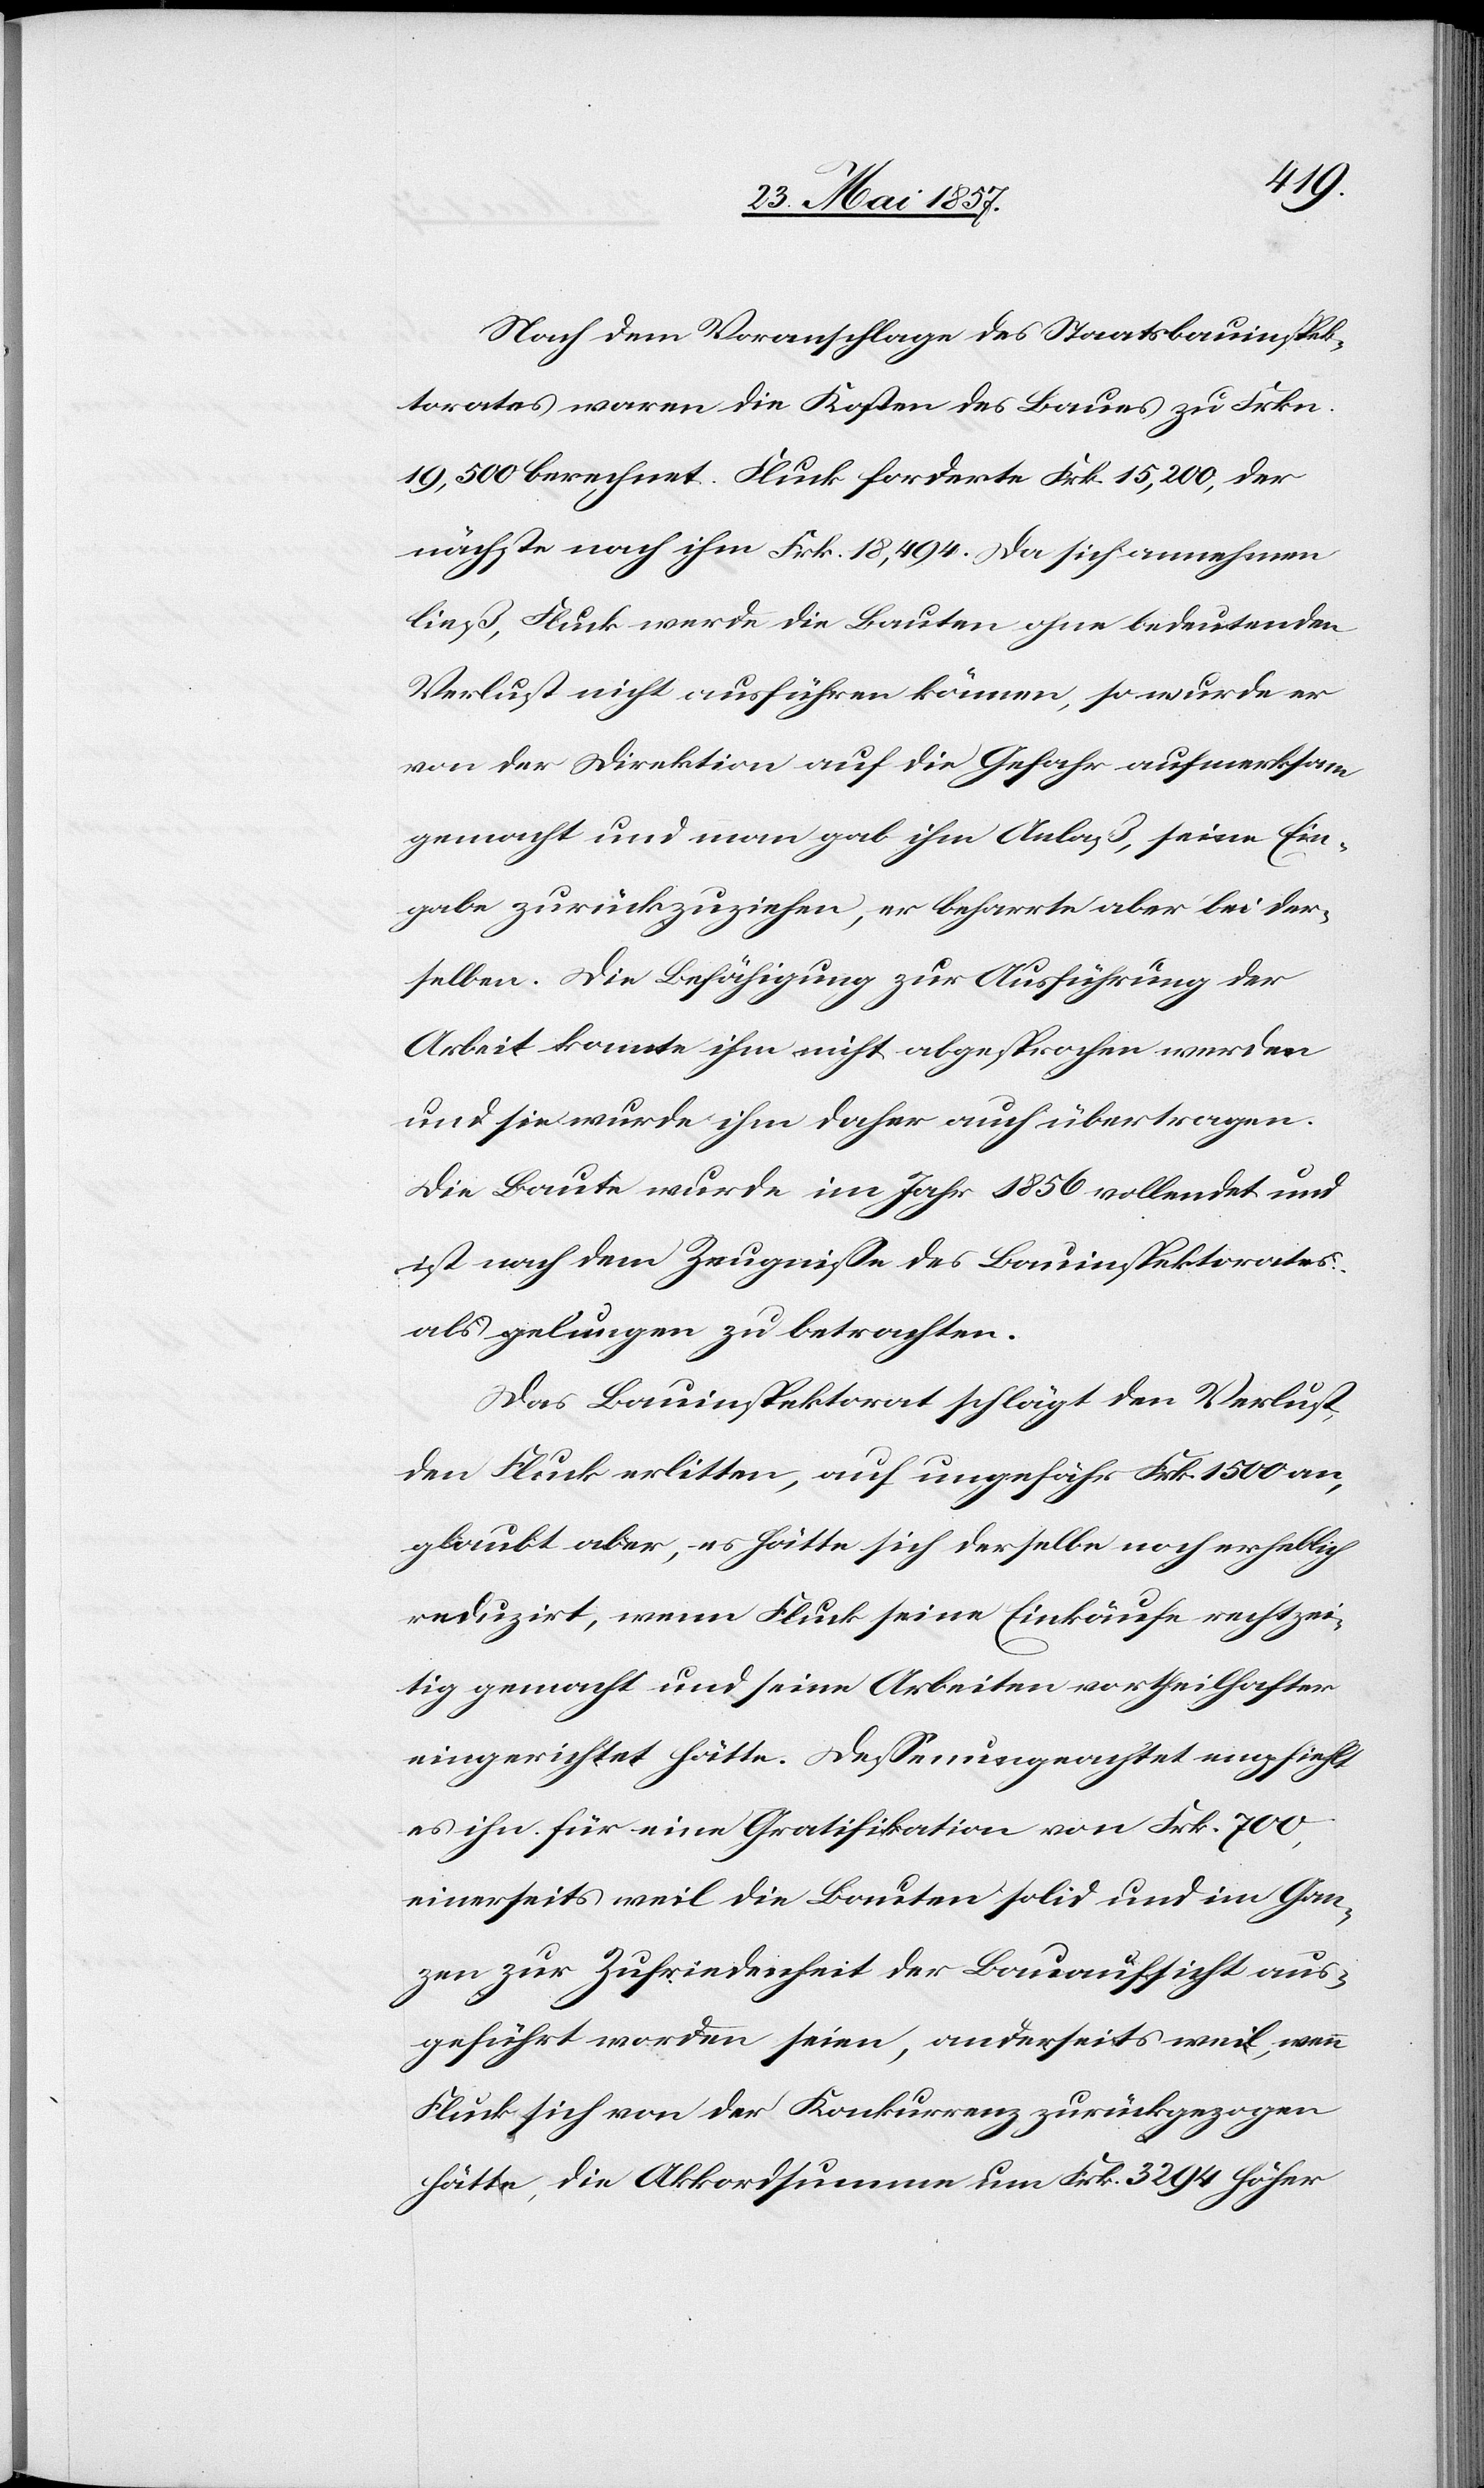
Nach dem Voranschlage des Staatsbauinspek¬
torates waren die Kosten des Baues zu Frkn.
19,500 berechnet. Fluck forderte Frk. 15,200, der
nächste nach ihm Frk. 18,494. Da sich annehmen
ließ, Fluck werde die Bauten ohne bedeutenden
Verlust nicht ausführen können, so wurde er
von der Direktion auf die Gefahr aufmerksam
gemacht und man gab ihm Anlaß, seine Ein¬
gabe zurückzuziehen, er beharrte aber bei der¬
selben. Die Befähigung zur Ausführung der
Arbeit konnte ihm nicht abgesprochen werden
und sie wurde ihm daher auch übertragen.
Die Baute wurde im Jahr 1856 vollendet und
ist nach dem Zeugnisse des Bauinspektorates
als gelungen zu betrachten.
Das Bauinspektorat schlägt den Verlust,
den Fluck erlitten, auf ungefähr Frk. 1500 an,
glaubt aber, es hätte sich derselbe noch erheblich
reduzirt, wenn Fluck seine Einkäufe rechtzei¬
tig gemacht und seine Arbeiten vortheilhafter
eingerichtet hätte. Dessenungeachtet empfiehlt
es ihn für eine Gratifikation von Frk. 700,
einerseits weil die Bauten solid und im Gan¬
zen zur Zufriedenheit der Bauaufsicht aus¬
geführt worden seien, anderseits weil, wenn
Fluck sich von der Konkurrenz zurückgezogen
hätte, die Akkordsumme um Frk. 3294 höher